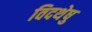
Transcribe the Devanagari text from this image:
विदथेषु